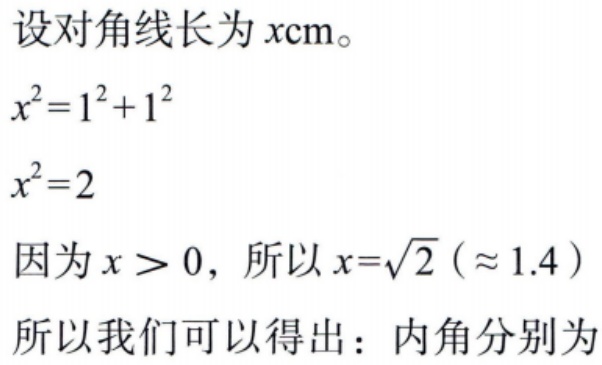
设对角线长为\(x\mathrm{cm}\)。
\(x^{2}=1^{2}+1^{2}\)
\(x^{2}=2\)
因为\(x > 0\)，所以\(x = \sqrt{2}(\approx 1.4)\)
所以我们可以得出：内角分别为